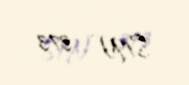
S/N - 373